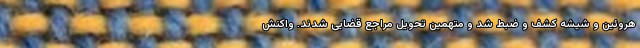
هروئین و شیشه کشف و ضبط شد و متهمین تحویل مراجع قضایی شدند. واکنش